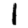
Digit: 1